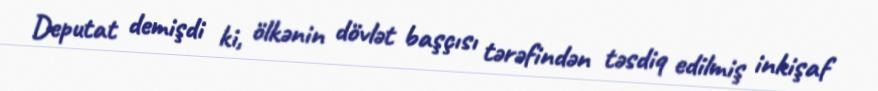
Deputat demişdi ki, ölkənin dövlət başçısı tərəfindən təsdiq edilmiş inkişaf